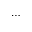
\dots